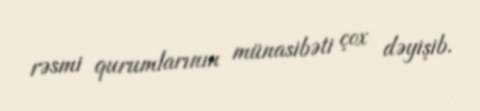
rəsmi qurumlarının münasibəti çox dəyişib.